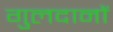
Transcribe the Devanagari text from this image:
गुलदानों